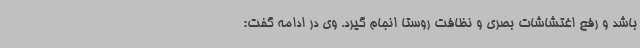
باشد و رفع اغتشاشات بصری و نظافت روستا انجام گیرد. وی در ادامه گفت: